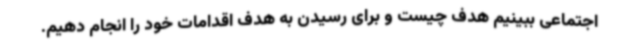
اجتماعی ببینیم هدف چیست و برای رسیدن به هدف اقدامات خود را انجام دهیم.